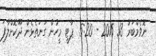
ނޮވެމްބަރު 13